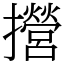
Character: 攚